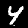
Digit: 4